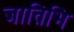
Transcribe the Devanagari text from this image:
जातिभि